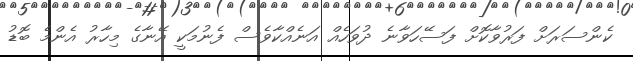
ކެންސަރަށް ފަރުވާކޮށް ފަސޭހަވާނެ ދުވަހެއް އަނެއްކާވެސް ފެނުމަކީ އޭނާގެ މިހާރު އެންމެ ބޮޑު